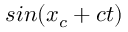
s i n ( x _ { c } + c t )